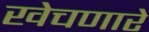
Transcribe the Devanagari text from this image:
खेचणारे